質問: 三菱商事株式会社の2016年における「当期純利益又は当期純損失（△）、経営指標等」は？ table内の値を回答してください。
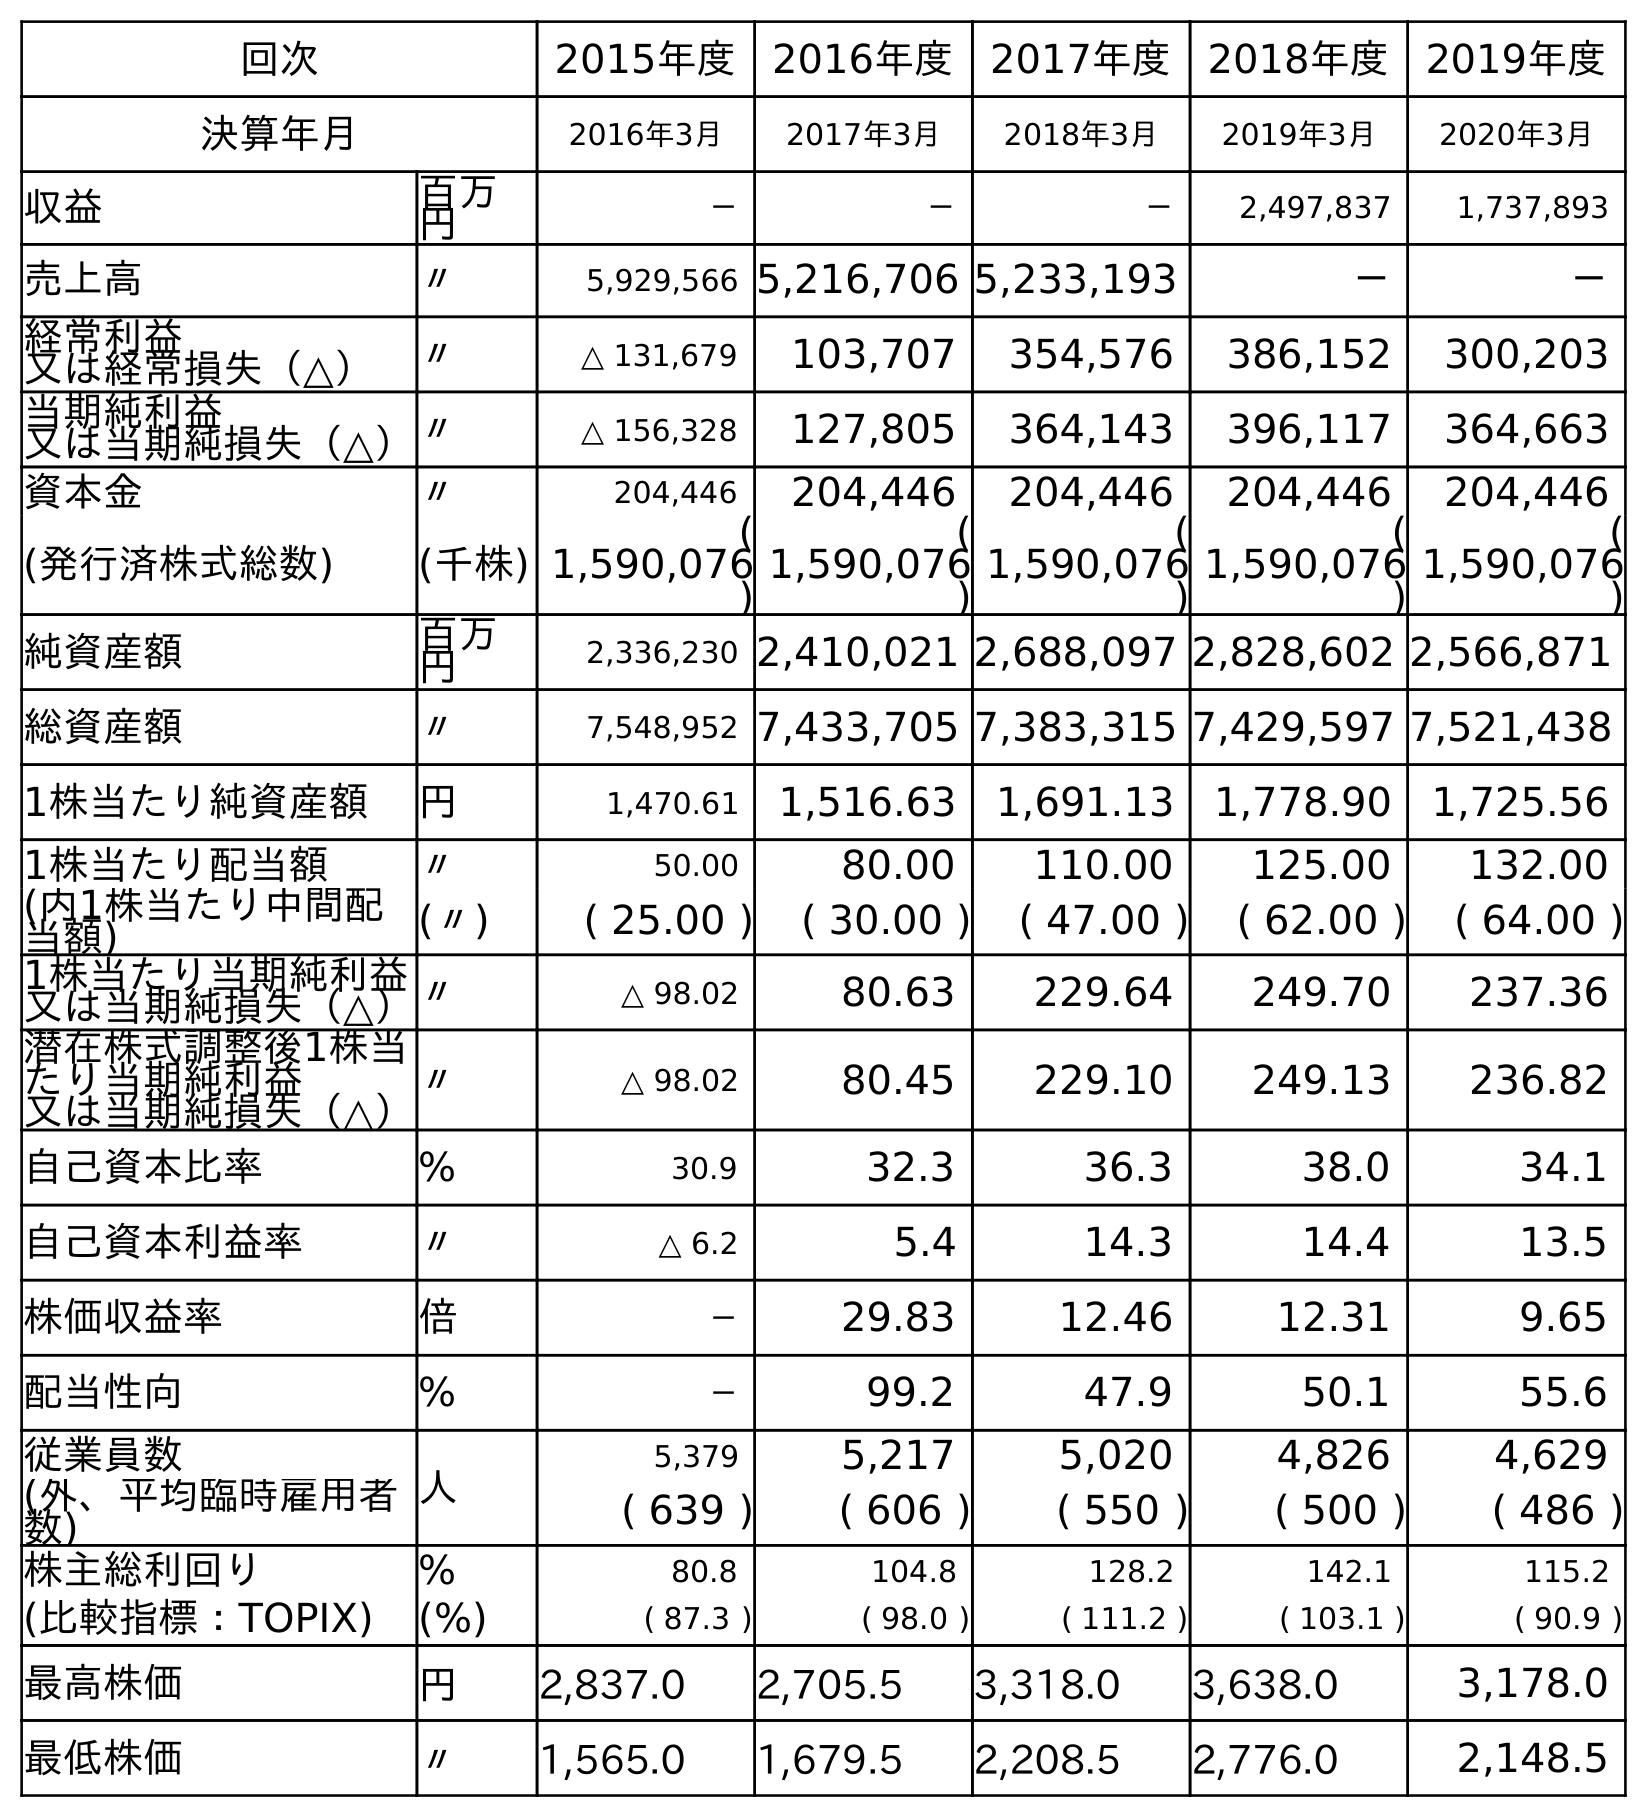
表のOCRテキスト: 回次 2015年度 2016年度 2017年度 2018年度 2019年度 決算年月 2016年3月 2017年3月 2018年3月 2019年3月 2020年3月 収益 百万 円 － － － 2,497,837 1,737,893 売上高 〃 5,929,566 5,216,706 5,233,193 － － 経常利益 又は経常損失（△） 〃 △ 131,679 103,707 354,576 386,152 300,203 当期純利益 又は当期純損失（△）〃 △ 156,328 127,805 364,143 396,117 364,663 資本金 〃 204,446 204,446 204,446 204,446 204,446 (発行済株式総数) (千株) ( 1,590,076 ) ( 1,590,076 ) ( 1,590,076 ) ( 1,590,076 ) ( 1,590,076 ) 純資産額 百万 円 2,336,230 2,410,021 2,688,097 2,828,602 2,566,871 総資産額 〃 7,548,952 7,433,705 7,383,315 7,429,597 7,521,438 1株当たり純資産額 円 1,470.61 1,516.63 1,691.13 1,778.90 1,725.56 1株当たり配当額 〃 50.00 80.00 110.00 125.00 132.00 (内1株当たり中間配 当額) (〃) ( 25.00 ) ( 30.00 ) ( 47.00 ) ( 62.00 ) ( 64.00 ) 1株当たり当期純利益 又は当期純損失（△）〃 △ 98.02 80.63 229.64 249.70 237.36 潜在株式調整後1株当 たり当期純利益 又は当期純損失（△） 〃 △ 98.02 80.45 229.10 249.13 236.82 自己資本比率 % 30.9 32.3 36.3 38.0 34.1 自己資本利益率 〃 △ 6.2 5.4 14.3 14.4 13.5 株価収益率 倍 － 29.83 12.46 12.31 9.65 配当性向 % － 99.2 47.9 50.1 55.6 従業員数 人 5,379 5,217 5,020 4,826 4,629 (外、平均臨時雇用者 数) ( 639 ) ( 606 ) ( 550 ) ( 500 ) ( 486 ) 株主総利回り % 80.8 104.8 128.2 142.1 115.2 (比較指標：TOPIX) (%) ( 87.3 ) ( 98.0 ) ( 111.2 ) ( 103.1 ) ( 90.9 ) 最高株価 円 2,837.0 2,705.5 3,318.0 3,638.0 3,178.0 最低株価 〃 1,565.0 1,679.5 2,208.5 2,776.0 2,148.5
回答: △156,328